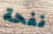
نفحة